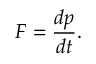
F = { \frac { d p } { d t } } .